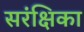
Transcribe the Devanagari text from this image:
सरंक्षिका